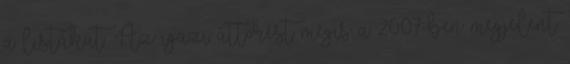
a listákat. Az igazi áttörést mégis a 2007-ben megjelent